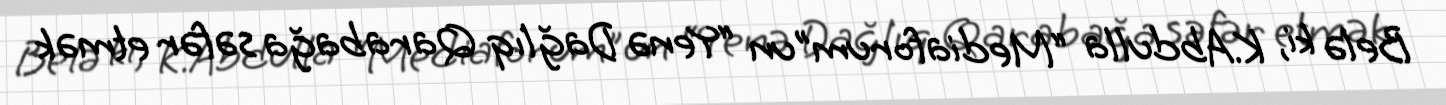
Belə ki, K.Abdulla “Mediaforum”un “Yenə Dağlıq Qarabağa səfər etmək